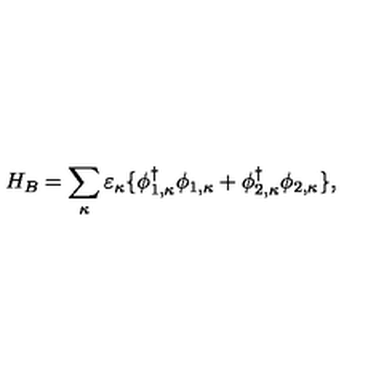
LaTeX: H _ { B } = \sum _ { \kappa } \varepsilon _ { \kappa } \{ \phi _ { 1 , \kappa } ^ { \dagger } \phi _ { 1 , \kappa } + \phi _ { 2 , \kappa } ^ { \dagger } \phi _ { 2 , \kappa } \} ,